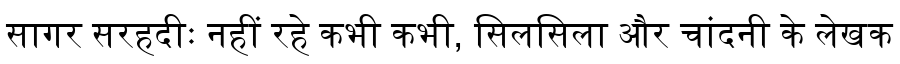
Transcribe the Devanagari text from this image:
सागर सरहदीः नहीं रहे कभी कभी, सिलसिला और चांदनी के लेखक